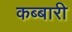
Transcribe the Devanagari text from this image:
कब्बारी